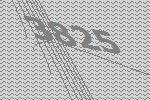
3825